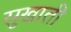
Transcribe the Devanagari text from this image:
सुखाती